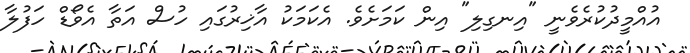
އުއްމީދުކުރެވެނީ "އިނގިލި" އިން ކަމަށެވެ. އެކަމަކު އާޚިރުގައި ހުސް އަތާ އެވޯޑް ހަފުލާ